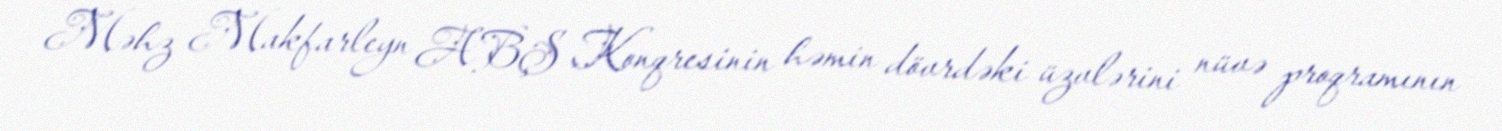
Məhz Makfarleyn ABŞ Konqresinin həmin dövrdəki üzvlərini nüvə proqramının